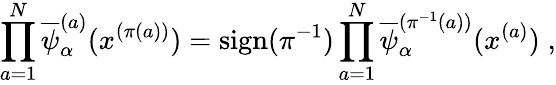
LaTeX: \prod_{a=1}^{N}\overline{{{\psi}}}_{\alpha}^{(a)}(x^{(\pi(a))})=\mathrm{sign}(\pi^{-1})\prod_{a=1}^{N}\overline{{{\psi}}}_{\alpha}^{(\pi^{-1}(a))}(x^{(a)})\; ,